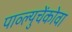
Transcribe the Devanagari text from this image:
पाव्ल्युचेंकोवा